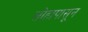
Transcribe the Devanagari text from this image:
लोहापासून